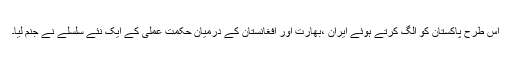
اس طرح پاکستان کو الگ کرتے ہوئے ایران ،بھارت اور افغانستان کے درمیان حکمت عملی کے ایک نئے سلسلے نے جنم لیا۔